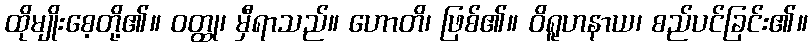
ထိုမျိုးစေ့တို့၏။ ဝတ္ထု၊ မှီရာသည်။ ဟောတိ၊ ဖြစ်၏။ ဝိရူဟနာယ၊ စည်ပင်ခြင်း၏။